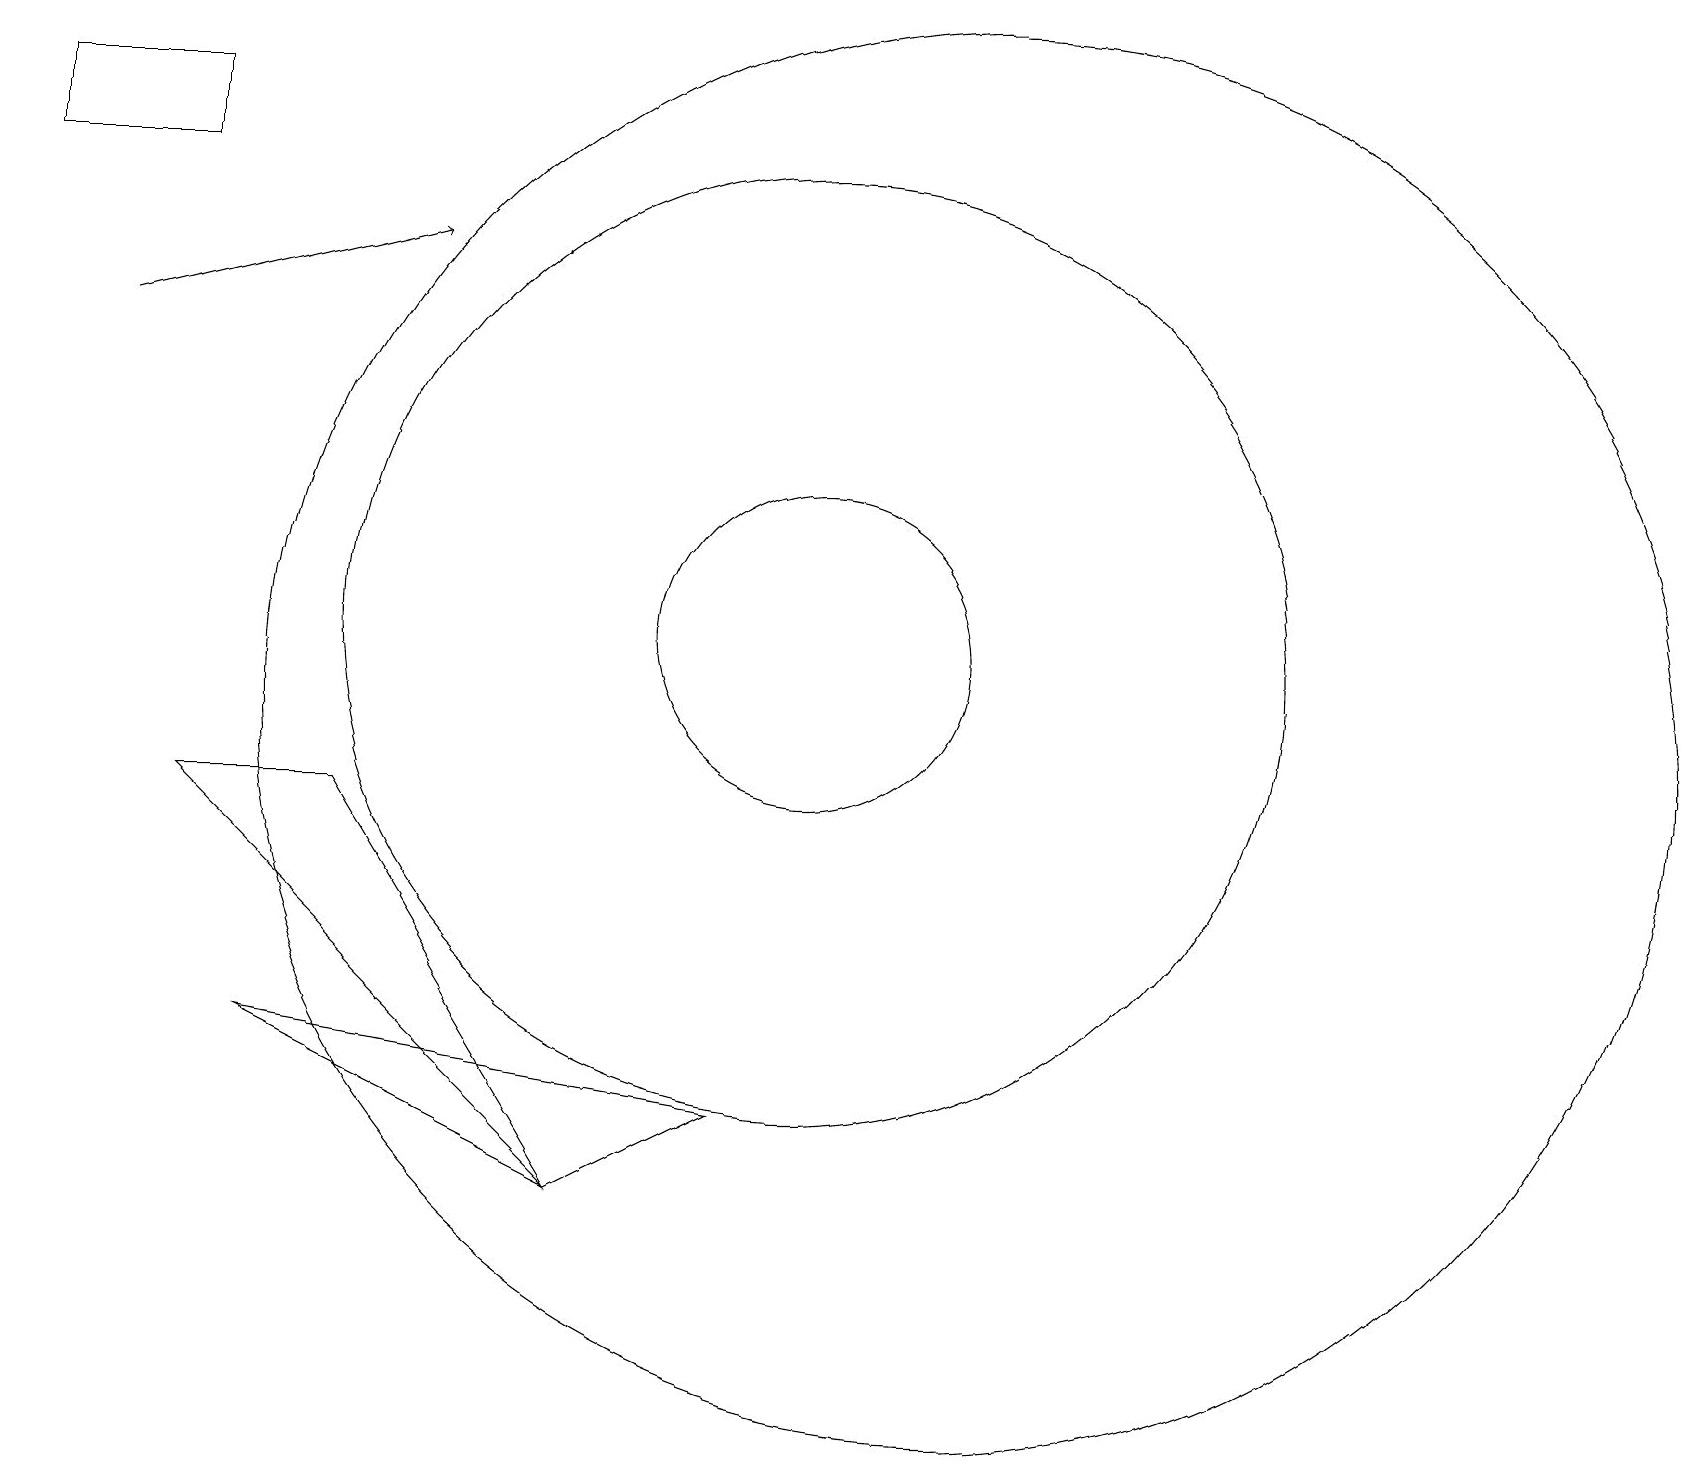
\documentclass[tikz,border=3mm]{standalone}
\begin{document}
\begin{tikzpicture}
\draw (0,17) rectangle (2,18);
\draw (12,10) circle (9);
\draw (3,6) -- (7,4) -- (9,5) -- cycle;
\draw (4,9) -- (2,9) -- (7,4) -- cycle;
\draw (10,11) circle (2);
\draw[->] (1,15) -- (5,16);
\draw (10,11) circle (6);
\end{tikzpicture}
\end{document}